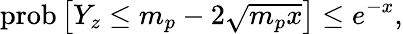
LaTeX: \mathrm{prob}\left[Y_{z}\leq m_{p}-2\sqrt{m_{p}x}\right]\leq e^{-x},